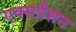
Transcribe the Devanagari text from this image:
एक्सप्रैशन